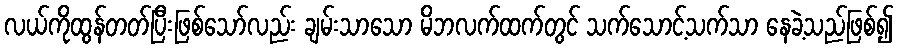
လယ်ကိုထွန်တတ်ပြီးဖြစ်သော်လည်း ချမ်းသာသော မိဘလက်ထက်တွင် သက်သောင့်သက်သာ နေခဲ့သည်ဖြစ်၍